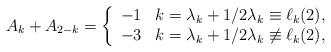
LaTeX: \begin{align*}A_k + A_{2-k} = \left\{\begin{array}{ll}-1 & k = \lambda_k + 1/2 \lambda_k \equiv \ell_k (2),\\-3 & k = \lambda_k + 1/2 \lambda_k \not\equiv \ell_k (2),\\\end{array} \right.\end{align*}